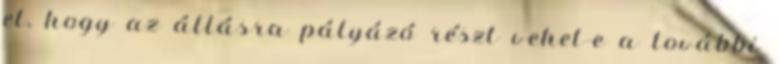
el, hogy az állásra pályázó részt vehet-e a további